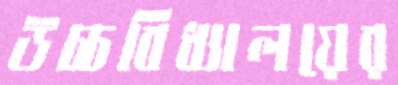
উচ্চবিধ্যালয়ের